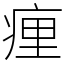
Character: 㾖